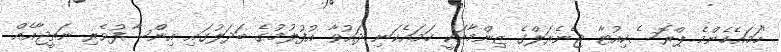
"ހަމައެހެންމެ ޕްރޮސެކިއުޓާ ޖެނެރަލްގެ ޒިންމާއަކީ ހަމައެކަނި ދައުވާ އުފުލުމުގެ ބަދަލުގައި އިންސާފުވެރި ނަތީޖާއެއް